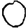
Digit: 0